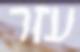
עזר